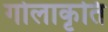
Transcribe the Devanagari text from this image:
गोलाकृति